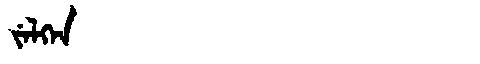
Manchu: ᠵᡝᠯᡴᡝᠨ
Romanization: JELKEN